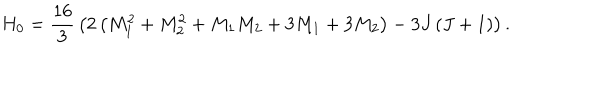
H _ { 0 } = { \frac { 1 6 } { 3 } } \left( 2 \left( M _ { 1 } ^ { 2 } + M _ { 2 } ^ { 2 } + M _ { 1 } M _ { 2 } + 3 M _ { 1 } + 3 M _ { 2 } \right) - 3 J \left( J + 1 \right) \right) .